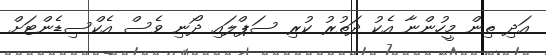
އަދި ތިން މީހުންނާ އެކު ދަތުރު ކުރި ސަޕްލައި ދޯނި ވެސް އެކްސިޑެންޓަށް